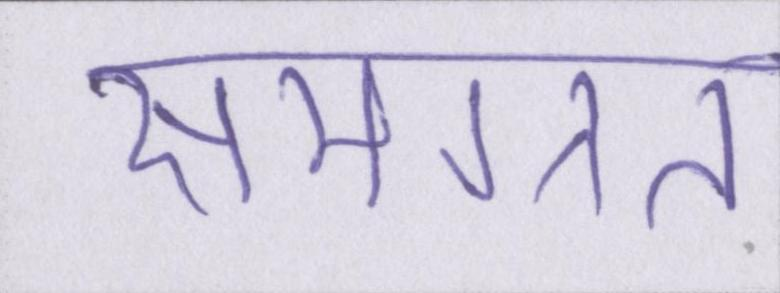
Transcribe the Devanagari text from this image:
समग्रत